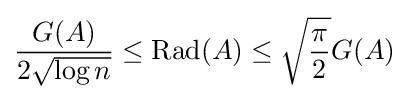
{\frac {G(A)}{2{\sqrt {\log {n}}}}}\leq {\text{Rad}}(A)\leq {\sqrt {\frac {\pi }{2}}}G(A)